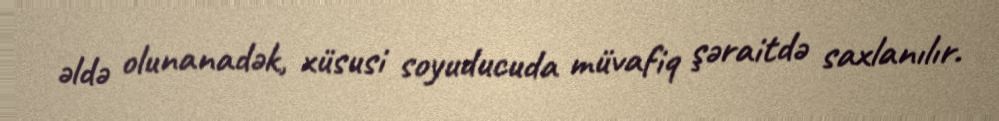
əldə olunanadək, xüsusi soyuducuda müvafiq şəraitdə saxlanılır.